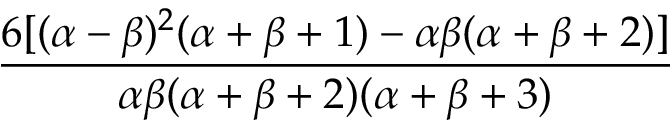
\frac { 6 [ ( \alpha - \beta ) ^ { 2 } ( \alpha + \beta + 1 ) - \alpha \beta ( \alpha + \beta + 2 ) ] } { \alpha \beta ( \alpha + \beta + 2 ) ( \alpha + \beta + 3 ) }